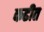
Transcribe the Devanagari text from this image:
कढीत